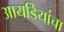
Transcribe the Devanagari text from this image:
आयडियांचा